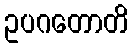
ဥပဂတောတိ